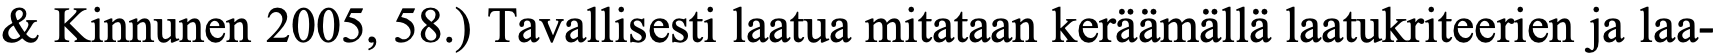
& Kinnunen 2005, 58.) Tavallisesti laatua mitataan keräämällä laatukriteerien ja laa-